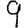
Digit: 9